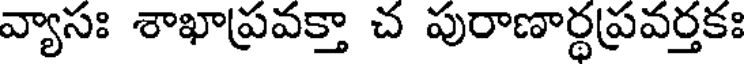
వ్యాసః శాఖాప్రవక్తా చ పురాణార్థప్రవర్తకః